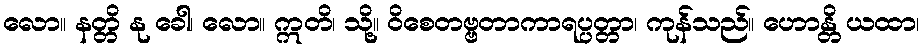
လော။ နတ္တိ နု ခေါ၊ လော။ ဣတိ၊ သို့။ ဝိစေတဗ္ဗတာကာရပ္ပတ္တာ၊ ကုန်သည်။ ဟောန္တိ ယထာ၊